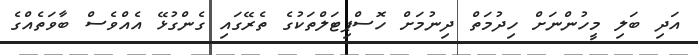
އަދި ބަލި މީހުންނަށް ހިދުމަތް ދިނުމަށް ހޮސްޕިޓަލްތަކުގެ ތެރޭގައި ގެންގުޅޭ އެއްވެސް ބާވަތެއްގެ